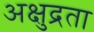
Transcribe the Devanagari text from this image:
अक्षुद्रता